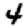
Digit: 4